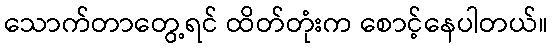
သောက်တာတွေ့ရင် ထိတ်တုံးက စောင့်နေပါတယ်။